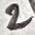
Text: 2